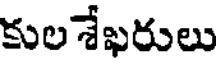
కులశేఖరులు